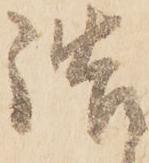
詰